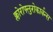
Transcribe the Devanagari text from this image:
क्लोरोफ्लुरोकार्बन्स